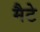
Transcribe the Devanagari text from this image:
मैटे